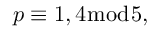
p \equiv 1 , 4 { \bmod { 5 } } ,